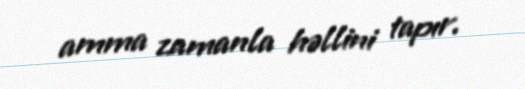
amma zamanla həllini tapır.